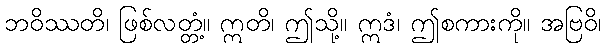
ဘဝိဿတိ၊ ဖြစ်လတ္တံ့။ ဣတိ၊ ဤသို့။ ဣဒံ၊ ဤစကားကို။ အဗြဝိ၊